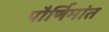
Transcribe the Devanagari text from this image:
पौर्णिमांत